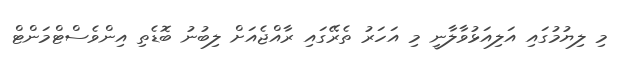
މި ލިޔުމުގައި އަލިއަޅުވާލާނީ މި އަހަރު ތެރޭގައި ރާއްޖެއަށް ލިބުނު ބޮޑެތި އިންވެސްޓްމަންޓް